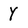
Character: Y